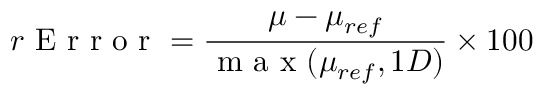
r \mathrm { ~ E ~ r ~ r ~ o ~ r ~ } = \frac { \mu - \mu _ { r e f } } { \mathrm { ~ m ~ a ~ x ~ } ( \mu _ { r e f } , 1 D ) } \times 1 0 0 \